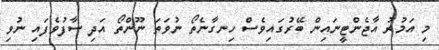
މި އަމުރު އާޖެންޓީނައިން ބޭރުގައިވެސް ހިނގާނެތޯ ނުވަތަ ނޫންތޯ އަދި ސާފުވެފައި ނުވި